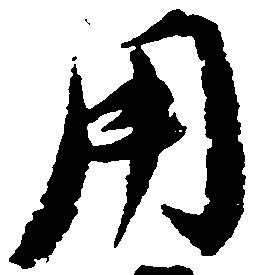
用